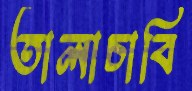
তালাচাবি